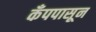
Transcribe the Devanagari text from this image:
कँपपासून